Civil Veterinary Dept. North-West Frontier Province 1901-22 - 1901-1922
Year: 1901
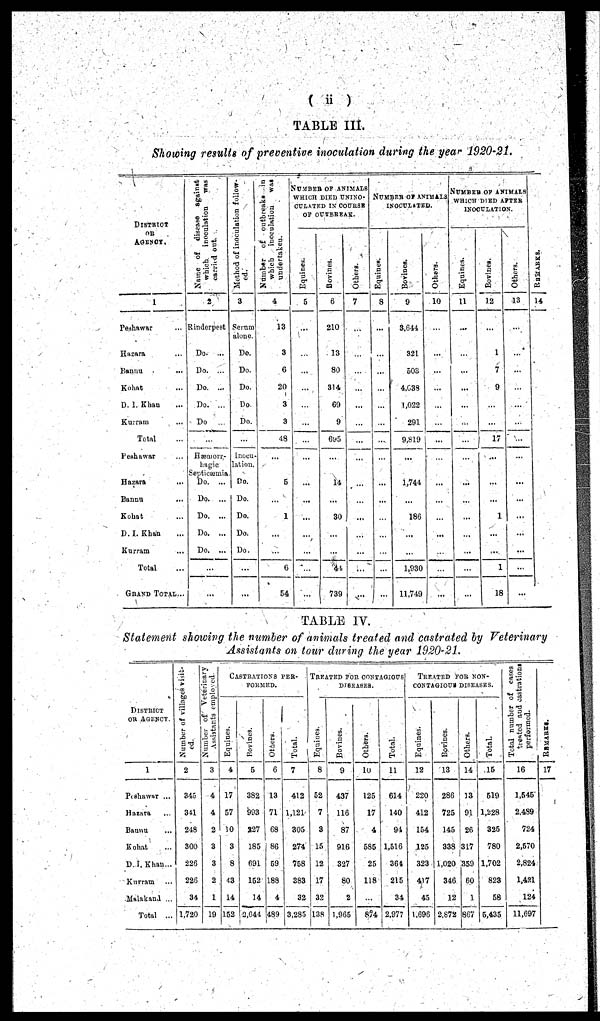
(ii)
TABLE III.
Showing results of preventive inoculation during the year 1920-21.
DISTRICT OR
AGENCY.
1
Peshawar ...
Hazara ...
Banau ...
Kohat ...
D. I. Khan ...
Kutram ...
Total ...
Peshawar ...
Hazara ...
Bannu ...
Kohat ...
D. I. Khan ...
Kurram ...
Total ...
GRAND TOTAL...
Name of
discase
against
which
inoculation
was
carried out.
2
Rinderpest
Do.
...
Do.
...
Do. ...
Do. ...
D:»
...
Hæ
large
Septieæada
Do.
...
Do.
...
Do.
...
Do.
...
Do. ...
...
...
Method of inoculation follow-
ed.
3
Serum
alone.
Do.
Do.
Do.
Do
Do.
...
Inocu-
lation. Do.
Do.
Do.
Do.
Do.
...
...
Number
of
oatbreaks
in
which
inoculation
was
undertaken.
4
13
3
6
20
3
3
48
...
5
...
1
...
...
6
54
NUMBER OF ANIMALS
WHICH DIED UNINO-
CULCTED IN COURSE
OF OUTBREAK.
Equities.
5
...
...
...
...
...
...
...
...
...
...
...
...
...
...
...
...
Bovines.
6
210
13
80
314
69
9
695
...
14
...
30
...
...
44
730
Others.
7
...
...
...
...
...
...
...
...
...
...
...
...
...
...
...
NUMBER OF ANIMALS
INOCULATED.
Equines.
8
...
...
...
...
...
...
...
...
...
...
...
...
...
...
...
Bovines.
9
3,644
321
503
4,038
1,022
291
9,819
...
1,744
...
186
...
...
1,930
11,749
Others.
10
...
...
...
...
...
...
...
...
...
...
...
...
...
...
NUMBER OF ANIMALS
WHICH DIED AFTER
INOCULATION.
Equines.
11
...
...
...
...
...
...
...
...
...
...
...
...
...
...
Bovines.
12
...
1
7
9
...
...
17
...
...
...
1
...
...
1
...
Others.
13
...
...
...
...
...
...
...
...
...
...
...
...
...
...
REMARKS.
14
TABLE IV.
Statement showing the number of animals treated and castrated by Veterinary
Assistants on tour during the year 1920-21.
DISTRICT
OR AGENCY
1
Peshawar ...
Hazara ...
Bannu ...
Kohat ...
D. I. Khan ...
Kurram ...
Malakand ...
Total ...
Number
of villages visit-
ed.
2
345
341
249
300
226
226
34
1,720
Number
of
Veterinary
Assistants
employed.
3
4
4
2
3
3
2
1
19
CASTRATIONS
PER-
FORMED.
Equines.
4
17
57
10
3
8
43
14
152
Rovines.
5
382
993
227
185
152
14
2,644
Others.
6
13
71
68
86
59
188
4
489
Total.
7
412
1,121
305
274
758
383
32
3,285
TREATED FOR CONTAGIOUS
DISEASES.
Equines.
8
52
7
3
15
12
17
32
138
Bovines.
9
437
116
87
916
327
80
2
1,965
Others.
10
125
17
4
585
25
118
...
874
Total.
11
614
140
94
1,516
364
215
34
2,977
TREATED FOR NON-
CONTAGIOUS
DISEASES.
Equines.
12
220
412
154
125
323
417
45
1,696
Bovines.
13
286
725
145
338
1,020
346
12
2,872
Others.
14
13
91
26
317
359
60
1
807
Total.
15
519
1,228
325
780
1,702
823
58
5,435
Total
number of cases
created
and
castrations
performed.
16
1,545
2,489
724
2,570
2,824
1,421
124
11,697
REMARKS.
17